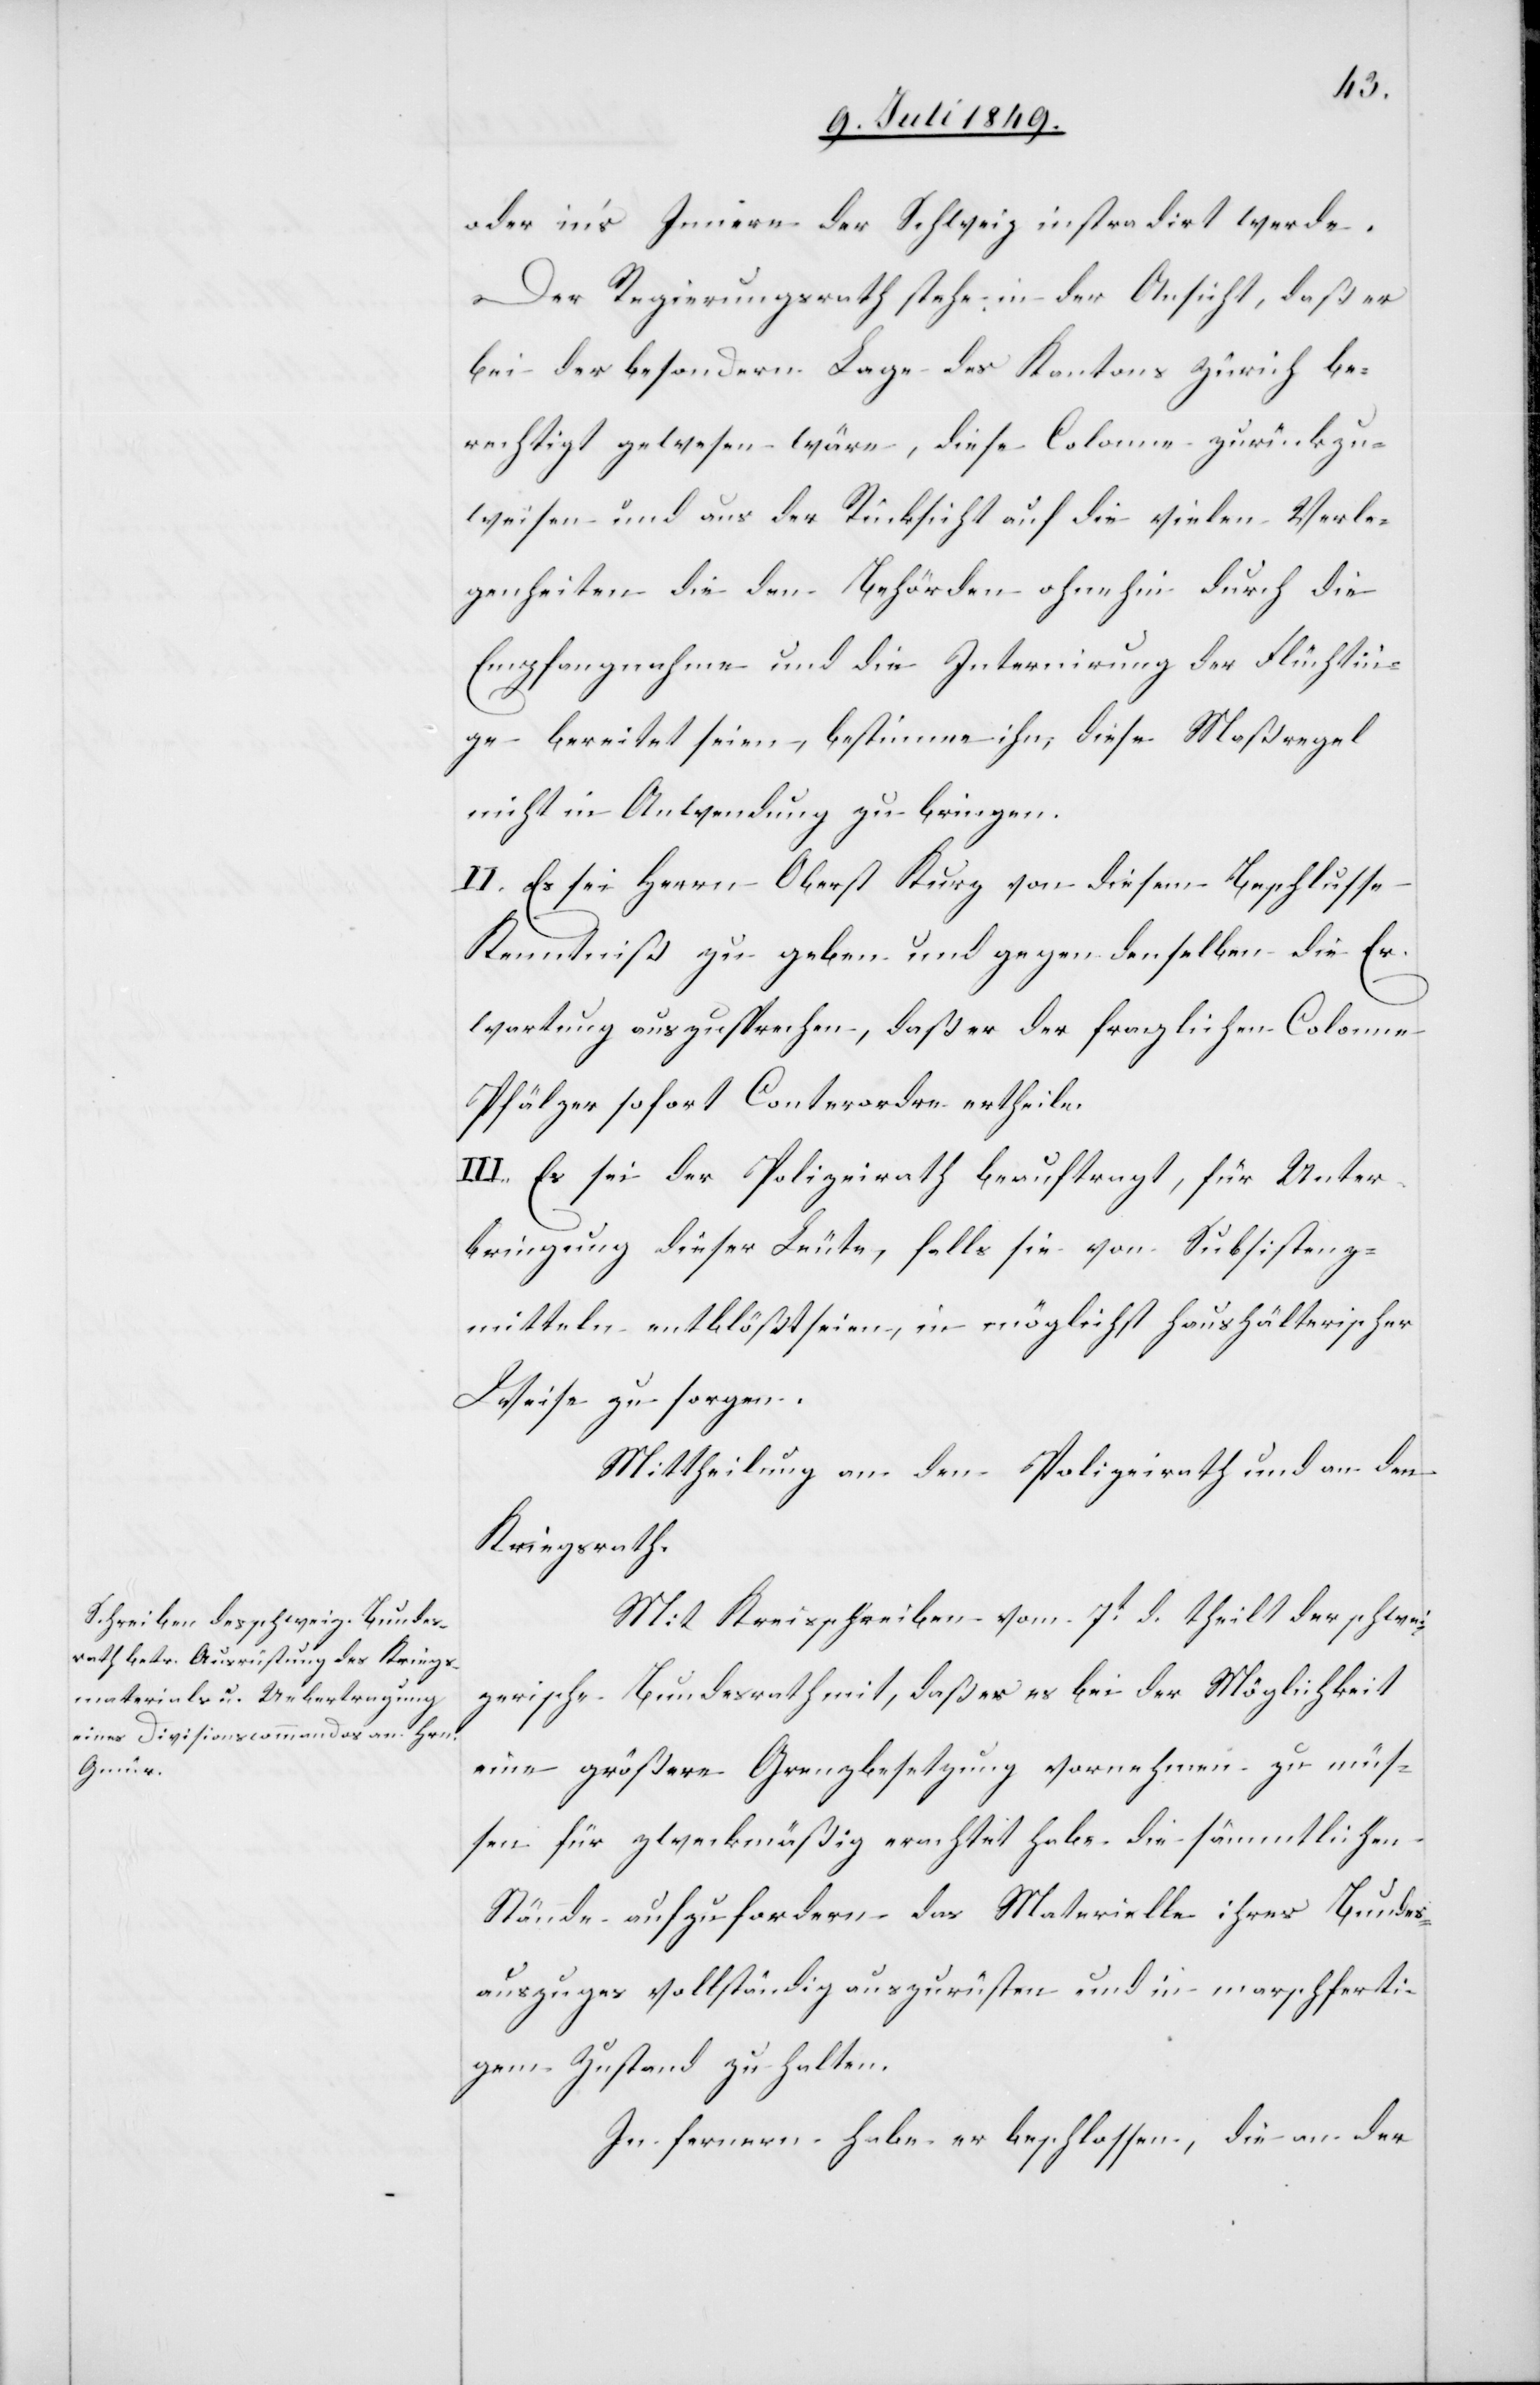
oder in’s Innere der Schweiz instradirt werde.
Der Regierungsrath stehe in der Ansicht, daß er
bei der besondern Lage des Kantons Zürich be¬
rechtigt gewesen wäre, diese Colone zurückzu¬
weisen und aus der Rücksicht auf die vielen Verle¬
genheiten die den Behörden ohnehin durch die
Empfangnahme und die Internirung der Flüchtlin¬
ge bereitet seien, bestimme ihn, diese Maßregel
nicht in Anwendung zu bringen.
II. Es sei Herrn Oberst Kurz von diesem Beschlusse
Kenntniß zu geben und gegen denselben die Er¬
wartung auszusprechen, daß er der fraglichen Colone
Pfälzer sofort Conterordre ertheile.
III. Es sei der Polizeirath beauftragt, für Unter¬
bringung dieser Leute, falls sie von Subsistenz¬
mitteln entblößt seien, in möglichst haushälterischer
Weise zu sorgen.
Mittheilung an den Polizeirath und an den
Kriegsrath.
Mit Kreisschreiben vom 7t d. theilt der schwei¬
zerische Bundesrath mit, daß er es bei der Möglichkeit
eine größere Grenzbesetzung vornehmen zu müs¬
sen für zweckmäßig erachtet habe die sämmtlichen
Stände aufzufordern das Materielle ihres Bundes¬
auszuges vollständig auszurüsten und in marschferti¬
gen Zustand zu halten.
In fernern [sic!] habe er beschlossen, die an der